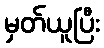
မှတ်ယူပြီး